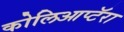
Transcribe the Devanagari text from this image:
कोलिआप्टॅरा